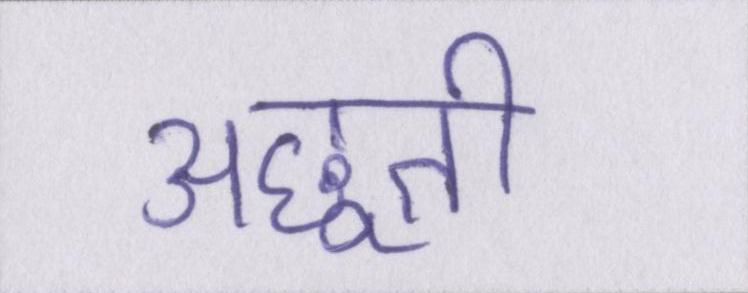
अछूती